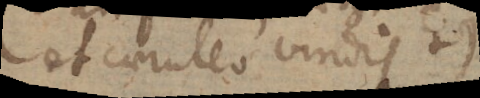
et caeruleo viridis +)